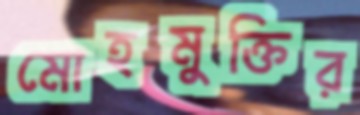
মোহমুক্তির